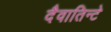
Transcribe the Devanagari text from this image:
दैवातिन्टे